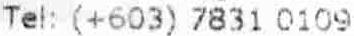
TEL: (+603) 7831 0109